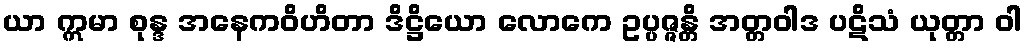
ယာ ဣမာ စုန္ဒ အနေကဝိဟိတာ ဒိဋ္ဌိယော လောကေ ဥပ္ပဇ္ဇန္တိ အတ္တဝါဒ ပဋိသံ ယုတ္တာ ဝါ